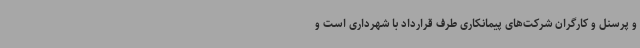
و پرسنل و کارگران شرکت‌های پیمانکاری طرف قرارداد با شهرداری است و